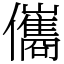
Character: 儶